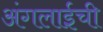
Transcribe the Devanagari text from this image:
अंगलाईची